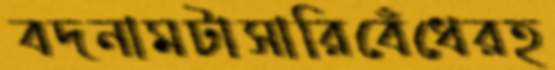
বদনামটাসারিবেঁধেরহ